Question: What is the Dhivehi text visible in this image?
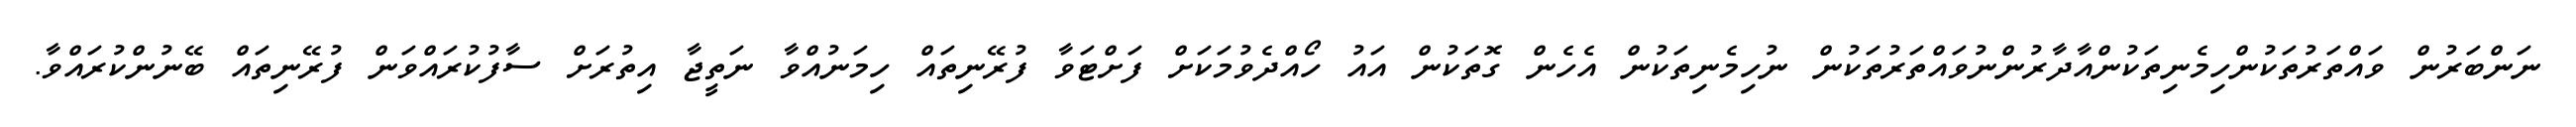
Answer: ނަންބަރުން ވައްތަރުތަކުންހިމެނިތަކުންއާދާރުންނުވައްތަރުތަކުން ނުހިމެނިތަކުން އެހެން ގޮތަކުން އައު ހޯއްދެވުމަކަށް ފަށްޓަވާ ފުރޭނިތައް ހިމަނުއްވާ ނަތީޖާ އިތުރަށް ސާފުކުރައްވަން ފުރޭނިތައް ބޭނުންކުރައްވާ.